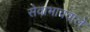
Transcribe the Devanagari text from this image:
सेवाभाववाले